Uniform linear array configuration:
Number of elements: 64
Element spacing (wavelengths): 0.25
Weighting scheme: blackman
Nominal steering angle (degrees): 15
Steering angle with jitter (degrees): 15.167
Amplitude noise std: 0.05
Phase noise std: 0.05

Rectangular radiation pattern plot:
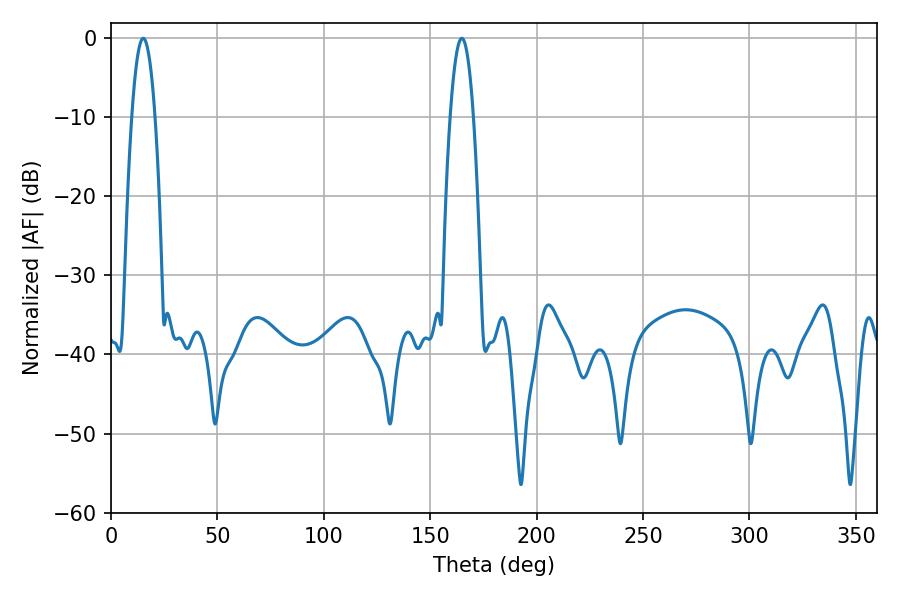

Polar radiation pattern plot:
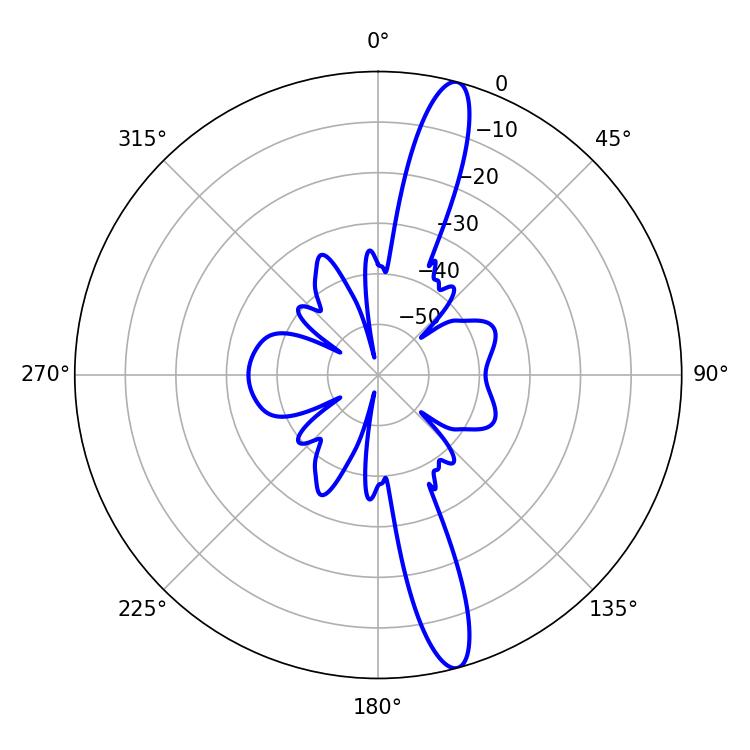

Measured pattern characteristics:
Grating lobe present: FALSE
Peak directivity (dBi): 15.283
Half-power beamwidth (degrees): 5.94
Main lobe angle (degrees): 15.12